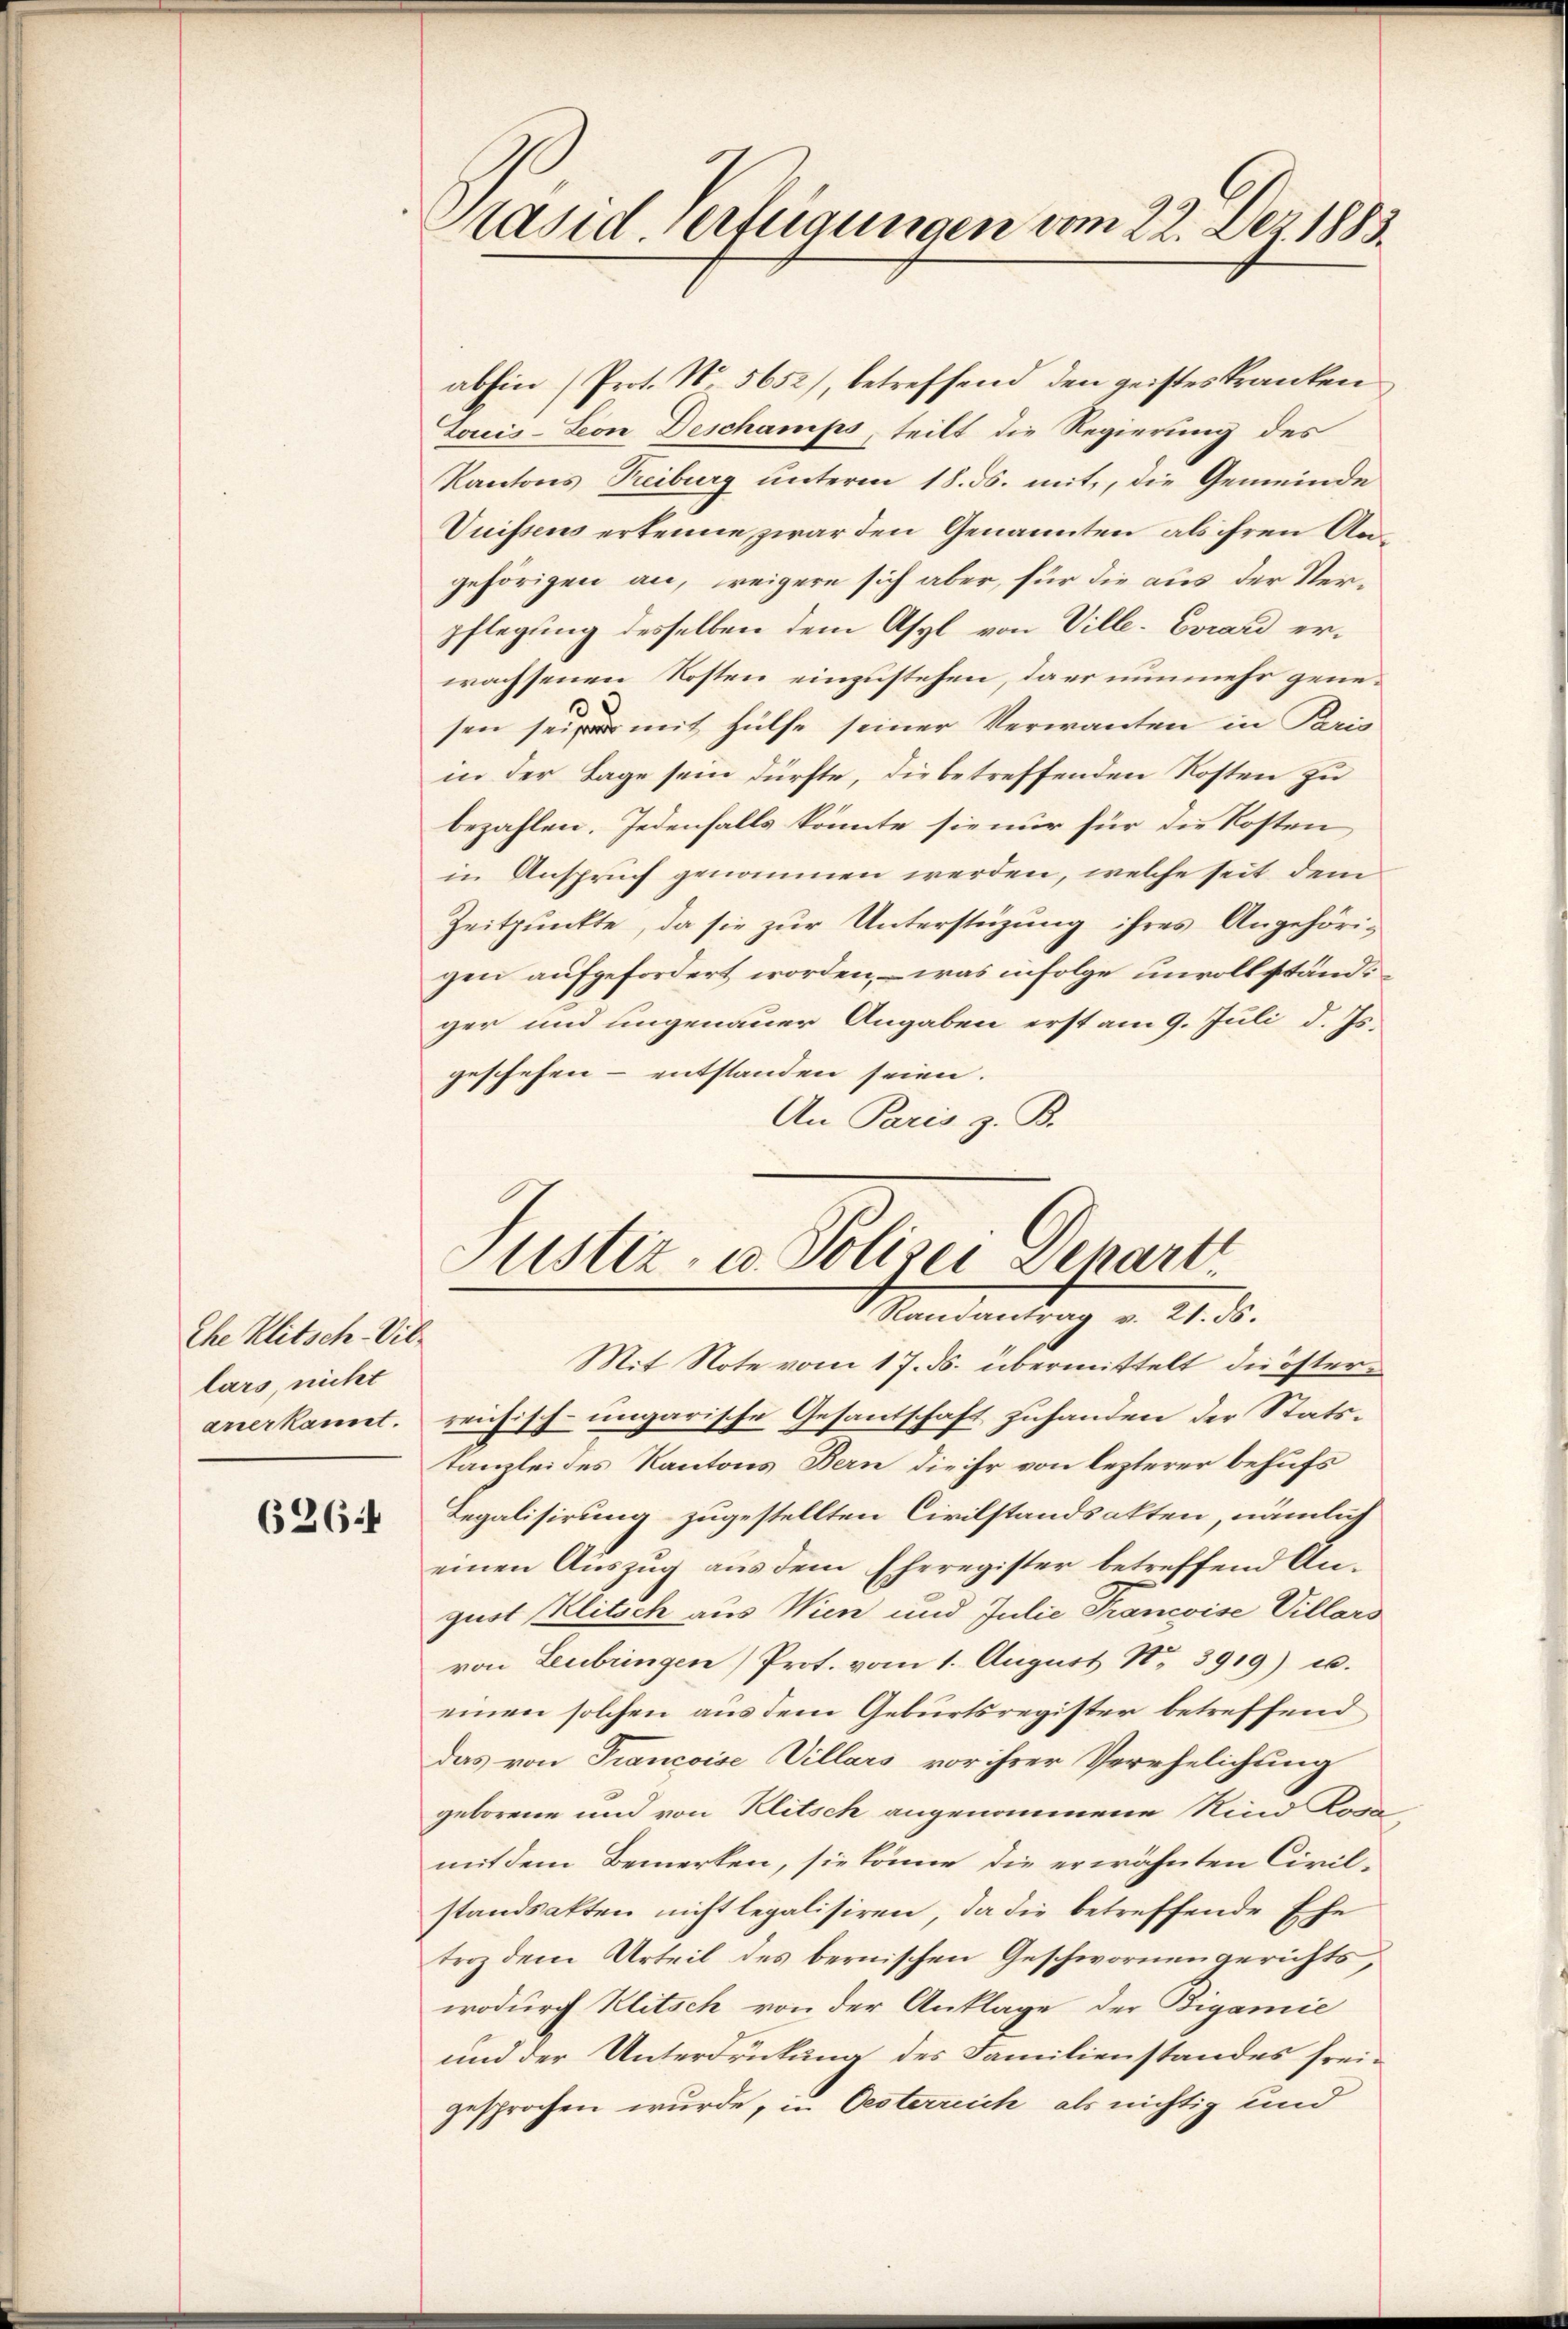
Ehe Klitsch-Vib.
lars, nicht

626

Stasid verfügungen vom 22. Dez. 1883.

abhin (Prot. No. 5652), betreffend den geisteskranken
Louis-Leon Deschamps, teilt die Regierung des
Kantons Treiburg unterm 18. ds. mit, die Gemeinde
Vuissens erkenne, zwar den Genannten als ihren Angehörigen an, weigere sich aber, für die aus der Verpflegung desselben dem Asyl von Ville-Evard erwachsenen Kosten einzustehen, da er nunmehr gene¬
.
sen sei mit Hülfe seiner Verwanten in Paris
in der Lage sein dürfte, die betreffenden Kosten zu
bezahlen. Jedenfalls könnte sie nur für die Kosten
in Anspruch genommen werden, welche seit dem
Zeitpunkte, da sie zŭr Unterstüzung ihres Angehörigen aufgefordert worden, – was infolge unvollständi
ger und ungenauer Angaben erst am 9. Juli d. Js.
geschehen- entstanden seien.
An Paris z. B.

anerkannt. reichisch-ungarische Gesantschaft zuhanden der Stats-
Kanzlei des Kantons Bern, die ihr von lezterer behufs
Regalisirung zugestellten Civilstandsakten, nämlich
einen Auszug aus dem Eheregister betreffend Angust Klitsch aus Wien und Julie Trancoise Villars
von Leibringen) Prot. vom 1. August No 3919) u.
einen solchen aus dem Geburtsregister betreffend
das von Francoise Villars vor ihrer Verehelichung
geborene und von Klitsch angenommene Kind Rosa
mit dem Bemerken, sie könne die erwähnten Civilstandsakten nicht legalisiren, da die betreffende Ehe
troz dem Urteil des bernischen Geschwornengerichts,
wodurch Klitsch von der Anklage der Bigamie
und der Unterdrückung des Familienstandes freigesprochen wurde, in Oesterreich als nichtig und

Justiz- u. Polizei Depart
Mandantrag v. 24. d.
Mit Note vom 17. ds. übermittelt die öster¬